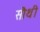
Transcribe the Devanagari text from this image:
सौथी